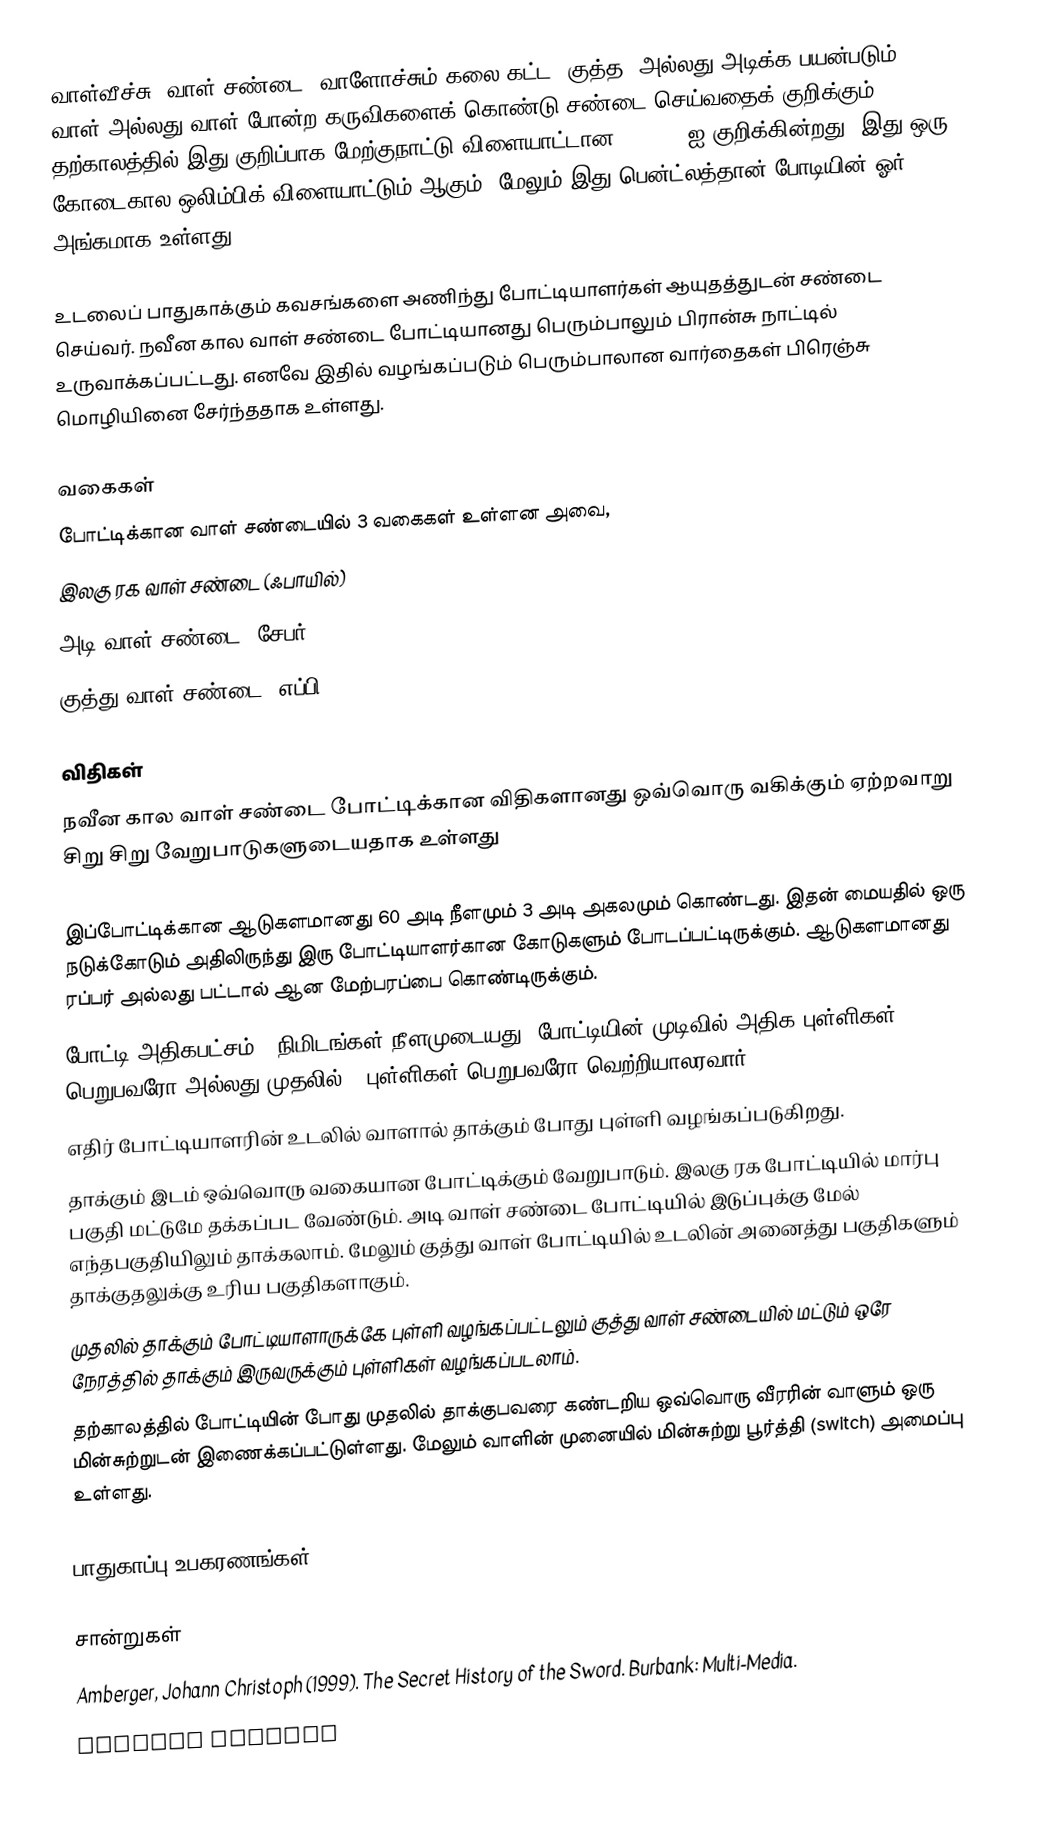
வாள்வீச்சு, வாள் சண்டை, வாளோச்சும் கலை கட்ட, குத்த, அல்லது அடிக்க பயன்படும் வாள் அல்லது வாள் போன்ற கருவிகளைக் கொண்டு சண்டை செய்வதைக் குறிக்கும்.  தற்காலத்தில் இது குறிப்பாக மேற்குநாட்டு விளையாட்டான Fencing ஐ குறிக்கின்றது. இது ஒரு கோடைகால ஒலிம்பிக் விளையாட்டும் ஆகும். மேலும் இது பென்ட்லத்தான் போடியின் ஓர் அங்கமாக உள்ளது.

உடலைப் பாதுகாக்கும் கவசங்களை அணிந்து போட்டியாளர்கள் ஆயுதத்துடன் சண்டை செய்வர். நவீன கால வாள் சண்டை போட்டியானது பெரும்பாலும் பிரான்சு நாட்டில் உருவாக்கப்பட்டது. எனவே இதில் வழங்கப்படும் பெரும்பாலான வார்தைகள் பிரெஞ்சு மொழியினை சேர்ந்ததாக உள்ளது.

வகைகள்
போட்டிக்கான வாள் சண்டையில் 3 வகைகள் உள்ளன அவை,
 இலகு ரக வாள் சண்டை (ஃபாயில்)
 அடி வாள் சண்டை (சேபர்)
 குத்து வாள் சண்டை (எப்பி)

விதிகள்
நவீன கால வாள் சண்டை போட்டிக்கான விதிகளானது ஒவ்வொரு வகிக்கும் ஏற்றவாறு சிறு சிறு வேறுபாடுகளுடையதாக உள்ளது

 இப்போட்டிக்கான ஆடுகளமானது 60 அடி நீளமும் 3 அடி அகலமும் கொண்டது. இதன் மையதில் ஒரு நடுக்கோடும் அதிலிருந்து இரு போட்டியாளர்கான கோடுகளும் போடப்பட்டிருக்கும். ஆடுகளமானது ரப்பர் அல்லது பட்டால் ஆன மேற்பரப்பை கொண்டிருக்கும்.
 போட்டி அதிகபட்சம் 3 நிமிடங்கள் நீளமுடையது, போட்டியின் முடிவில் அதிக புள்ளிகள் பெறுபவரோ அல்லது முதலில் 5 புள்ளிகள் பெறுபவரோ வெற்றியாலரவார்.
 எதிர் போட்டியாளரின் உடலில் வாளால் தாக்கும் போது புள்ளி வழங்கப்படுகிறது.
 தாக்கும் இடம் ஒவ்வொரு வகையான போட்டிக்கும் வேறுபாடும். இலகு ரக போட்டியில் மார்பு பகுதி மட்டுமே தக்கப்பட வேண்டும். அடி வாள் சண்டை போட்டியில் இடுப்புக்கு மேல் எந்தபகுதியிலும் தாக்கலாம். மேலும் குத்து வாள் போட்டியில் உடலின் அனைத்து பகுதிகளும் தாக்குதலுக்கு உரிய பகுதிகளாகும்.
 முதலில் தாக்கும் போட்டியாளாருக்கே புள்ளி வழங்கப்பட்டலும் குத்து வாள் சண்டையில் மட்டும் ஒரே நேரத்தில் தாக்கும் இருவருக்கும் புள்ளிகள் வழங்கப்படலாம்.
 தற்காலத்தில் போட்டியின் போது முதலில் தாக்குபவரை கண்டறிய ஒவ்வொரு வீரரின் வாளும் ஒரு மின்சுற்றுடன் இணைக்கப்பட்டுள்ளது. மேலும் வாளின் முனையில் மின்சுற்று பூர்த்தி (switch) அமைப்பு உள்ளது.

பாதுகாப்பு உபகரணங்கள்

சான்றுகள்
 Amberger, Johann Christoph (1999). The Secret History of the Sword. Burbank: Multi-Media.
 British Fencing